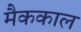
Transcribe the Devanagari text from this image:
मैककाल